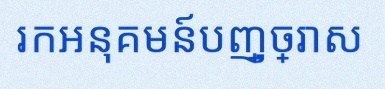
រកអនុគមន៍បញ្ច្រាស